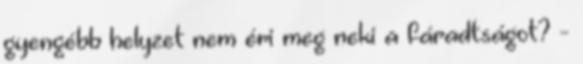
gyengébb helyzet nem éri meg neki a fáradtságot? -